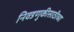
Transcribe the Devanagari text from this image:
निवडणुकीसाठीच्या